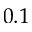
0 . 1